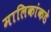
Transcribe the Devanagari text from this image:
मालिकांकडे